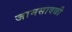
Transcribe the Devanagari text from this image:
जामसावळी